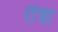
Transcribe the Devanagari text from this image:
राँघा